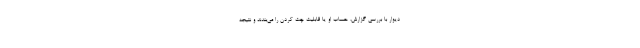
دیوار با بررسی گزارش، حساب او یا قابلیت چت کردن را می‌بندند و نتیجه